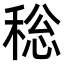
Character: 𮃐